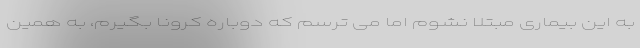
به این بیماری مبتلا نشوم اما می ترسم که دوباره کرونا بگیرم، به همین